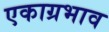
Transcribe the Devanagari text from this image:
एकाग्रभाव